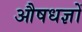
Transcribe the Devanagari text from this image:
औषधज्ञों